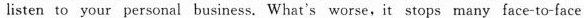
listen to your personal business. What's worse,it stops many face-to-face